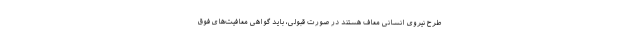
طرح نیروی انسانی معاف هستند در صورت قبولی، باید گواهی معافیت‌های فوق